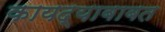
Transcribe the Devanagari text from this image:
कायद्याबाबत